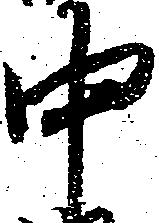
中